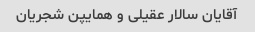
آقایان سالار عقیلی و همایپن شجریان